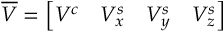
\overline { { V } } = \left[ V ^ { c } \quad V _ { x } ^ { s } \quad V _ { y } ^ { s } \quad V _ { z } ^ { s } \right]